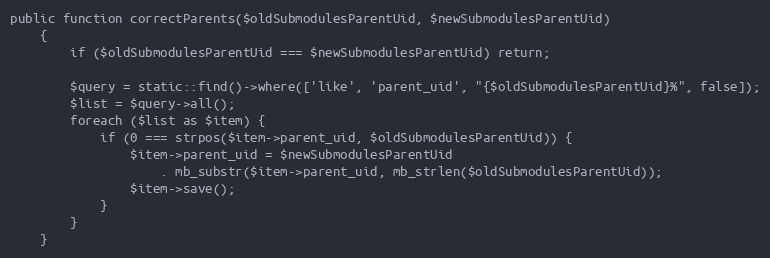
Language: PHP
public function correctParents($oldSubmodulesParentUid, $newSubmodulesParentUid)
    {
        if ($oldSubmodulesParentUid === $newSubmodulesParentUid) return;

        $query = static::find()->where(['like', 'parent_uid', "{$oldSubmodulesParentUid}%", false]);
        $list = $query->all();
        foreach ($list as $item) {
            if (0 === strpos($item->parent_uid, $oldSubmodulesParentUid)) {
                $item->parent_uid = $newSubmodulesParentUid
                    . mb_substr($item->parent_uid, mb_strlen($oldSubmodulesParentUid));
                $item->save();
            }
        }
    }